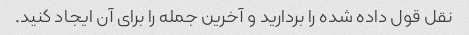
نقل قول داده شده را بردارید و آخرین جمله را برای آن ایجاد کنید.